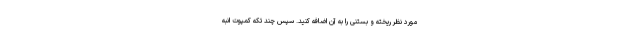
مورد نظر ریخته و بستنی را به آن اضافه کنید. سپس چند تکه کمپوت انبه